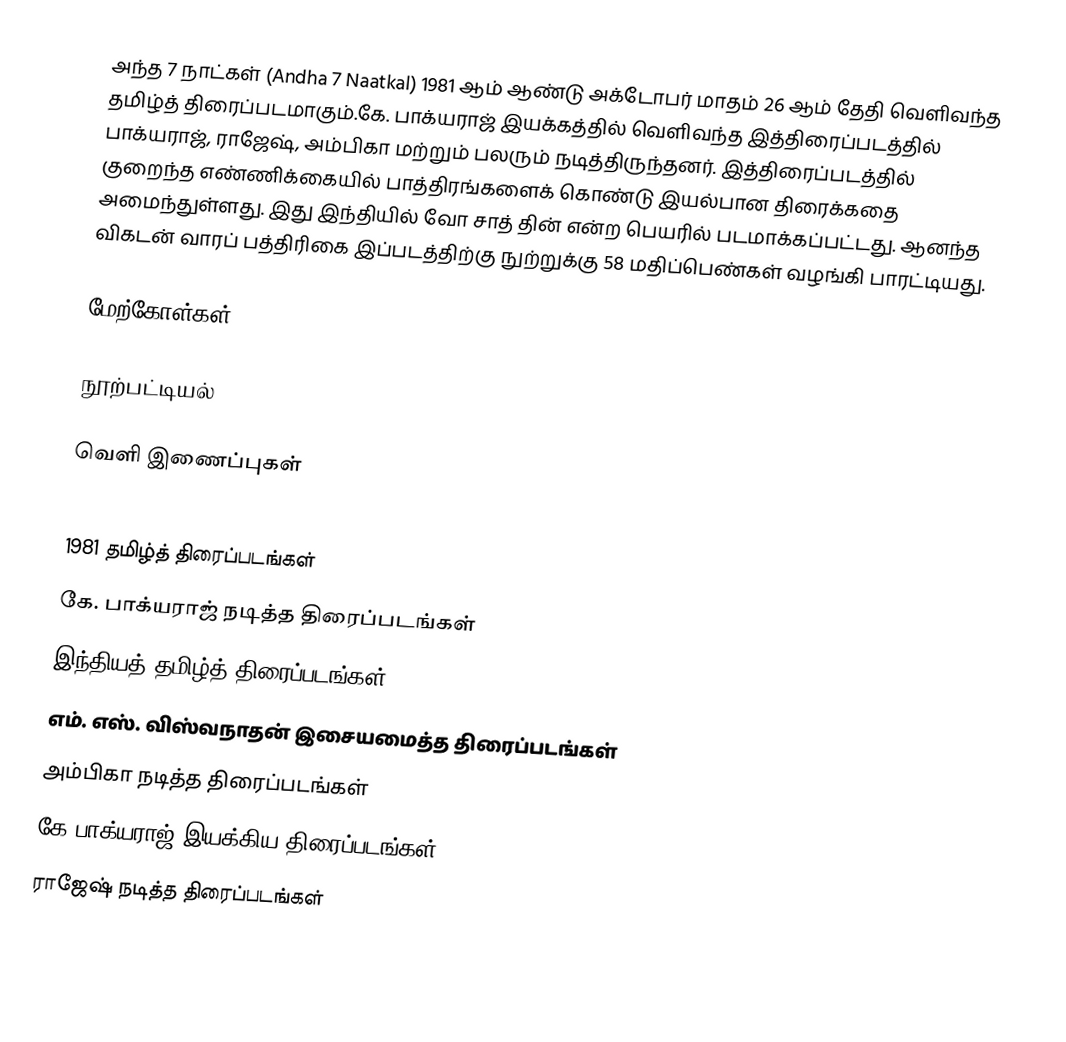
அந்த 7 நாட்கள் (Andha 7 Naatkal) 1981 ஆம் ஆண்டு அக்டோபர் மாதம் 26 ஆம் தேதி வெளிவந்த தமிழ்த் திரைப்படமாகும்.கே. பாக்யராஜ் இயக்கத்தில் வெளிவந்த இத்திரைப்படத்தில் பாக்யராஜ், ராஜேஷ், அம்பிகா மற்றும் பலரும் நடித்திருந்தனர். இத்திரைப்படத்தில் குறைந்த எண்ணிக்கையில் பாத்திரங்களைக் கொண்டு இயல்பான திரைக்கதை அமைந்துள்ளது. இது இந்தியில் வோ சாத் தின் என்ற பெயரில் படமாக்கப்பட்டது. ஆனந்த விகடன் வாரப் பத்திரிகை இப்படத்திற்கு நுற்றுக்கு 58 மதிப்பெண்கள் வழங்கி பாரட்டியது.

மேற்கோள்கள்

நூற்பட்டியல்

வெளி இணைப்புகள்

1981 தமிழ்த் திரைப்படங்கள்
கே. பாக்யராஜ் நடித்த திரைப்படங்கள்
இந்தியத் தமிழ்த் திரைப்படங்கள்
எம். எஸ். விஸ்வநாதன் இசையமைத்த திரைப்படங்கள்
அம்பிகா நடித்த திரைப்படங்கள்
கே.பாக்யராஜ் இயக்கிய திரைப்படங்கள்
ராஜேஷ் நடித்த திரைப்படங்கள்